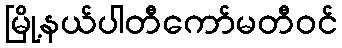
မြို့နယ်ပါတီကော်မတီဝင်